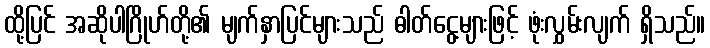
ထို့ပြင် အဆိုပါဂြိုဟ်တို့၏ မျက်နှာပြင်များသည် ဓါတ်ငွေ့များဖြင့် ဖုံးလွှမ်းလျက် ရှိသည်။